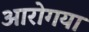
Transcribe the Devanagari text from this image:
आरोगया